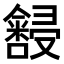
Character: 𫤆